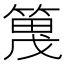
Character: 𫂔